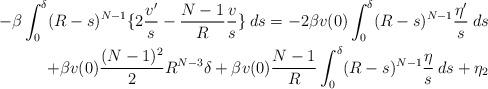
LaTeX: \begin{align*}-\beta \int_0^\delta (R-s)^{N-1}\{2\frac{v'}{s} -\frac{N-1}{R}\frac{v}{s}\}\:ds=-2\beta v(0) \int_0^\delta (R-s)^{N-1}\frac{\eta'}{s}\:ds\\ +\beta v(0)\frac{(N-1)^2}{2}R^{N-3}\delta+\beta v(0)\frac{N-1}{R} \int_0^\delta (R-s)^{N-1}\frac{\eta}{s}\:ds+\eta_2\end{align*}